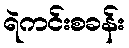
ရဲကင်းစခန်း